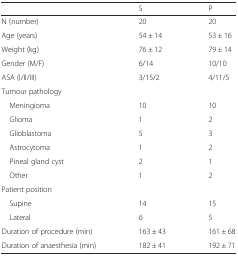
|  | S | P |
 | --- | --- | --- |
 | N (number) | 20 | 20 |
 | Age (years) | 54 ± 14 | 53 ± 16 |
 | Weight (kg) | 76 ± 12 | 79 ± 14 |
 | Gender (M/F) | 6/14 | 10/10 |
 | ASA (I/II/III) | 3/15/2 | 4/11/5 |
 | <COLSPAN=3> Tumour pathology |
 | Meningioma | 10 | 10 |
 | Glioma | 1 | 2 |
 | Glioblastoma | 5 | 3 |
 | Astrocytoma | 1 | 2 |
 | Pineal gland cyst | 2 | 1 |
 | Other | 1 | 2 |
 | <COLSPAN=3> Patient position |
 | Supine | 14 | 15 |
 | Lateral | 6 | 5 |
 | Duration of procedure (min) | 163 ± 43 | 161 ± 68 |
 | Duration of anaesthesia (min) | 182 ± 41 | 192 ± 71 |